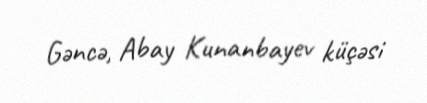
Gəncə, Abay Kunanbayev küçəsi